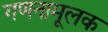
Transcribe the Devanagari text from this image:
गणनामूलक